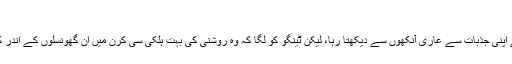
‘‘
ٹینگو کا باپ اسے اپنی جذبات سے عاری آنکھوں سے دیکھتا رہا، لیکن ٹینگو کو لگا کہ وہ روشنی کی بہت ہلکی سی کرن میں ان گھونسلوں کے اندر کہیں دیکھ رہا ہے۔